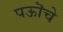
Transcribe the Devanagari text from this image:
पऊॊचे